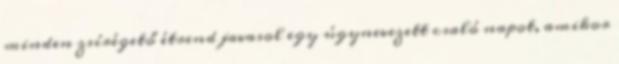
minden zsírégető étrend javasol egy úgynevezett csaló napot, amikor